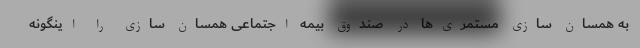
به همسان سازی مستمری‌ها در صندوق بیمه اجتماعی همسان سازی را اینگونه